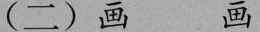
(二)画 画